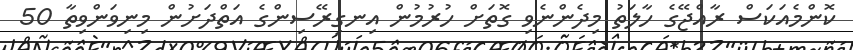
ކޮންމެއަކަސް ރާއްޖޭގެ ހާލަތު މިދެންނެވި ގޮތަށް ހުރުމުން އިނގިރޭސިންގެ އަތްދަށުން މިނިވަންވިތާ 50